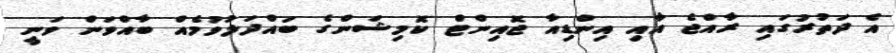
އެ ދަތުރުގައި ރާއްޖެ އާއި އިންޑިއާ ޖޮއިންޓް ކޮމިޝަންގެ ބައްދަލުވުމެއް ބާއްވަން ވަނީ